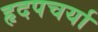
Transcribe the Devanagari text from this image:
हृदपचर्या